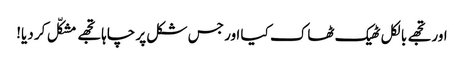
اور تجھے بالکل ٹھیک ٹھاک کیا اور جس شکل پر چاہا تجھے مشکّل کر دیا!